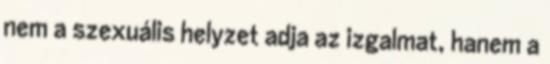
nem a szexuális helyzet adja az izgalmat, hanem a